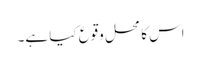
اس کا محل وقوع کیا ہے۔